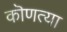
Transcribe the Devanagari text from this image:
कॊणत्या